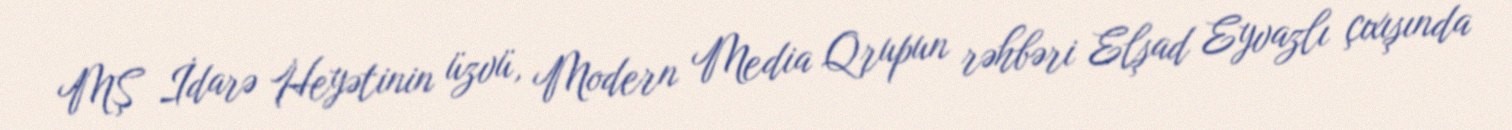
MŞ İdarə Heyətinin üzvü, Modern Media Qrupun rəhbəri Elşad Eyvazlı çıxışında